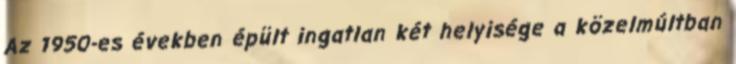
Az 1950-es években épült ingatlan két helyisége a közelmúltban